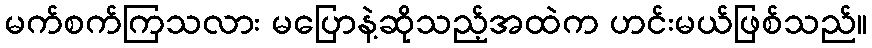
မက်စက်ကြသလား မပြောနဲ့ဆိုသည့်အထဲက ဟင်းမယ်ဖြစ်သည်။